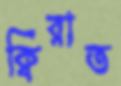
ক্বিরাত